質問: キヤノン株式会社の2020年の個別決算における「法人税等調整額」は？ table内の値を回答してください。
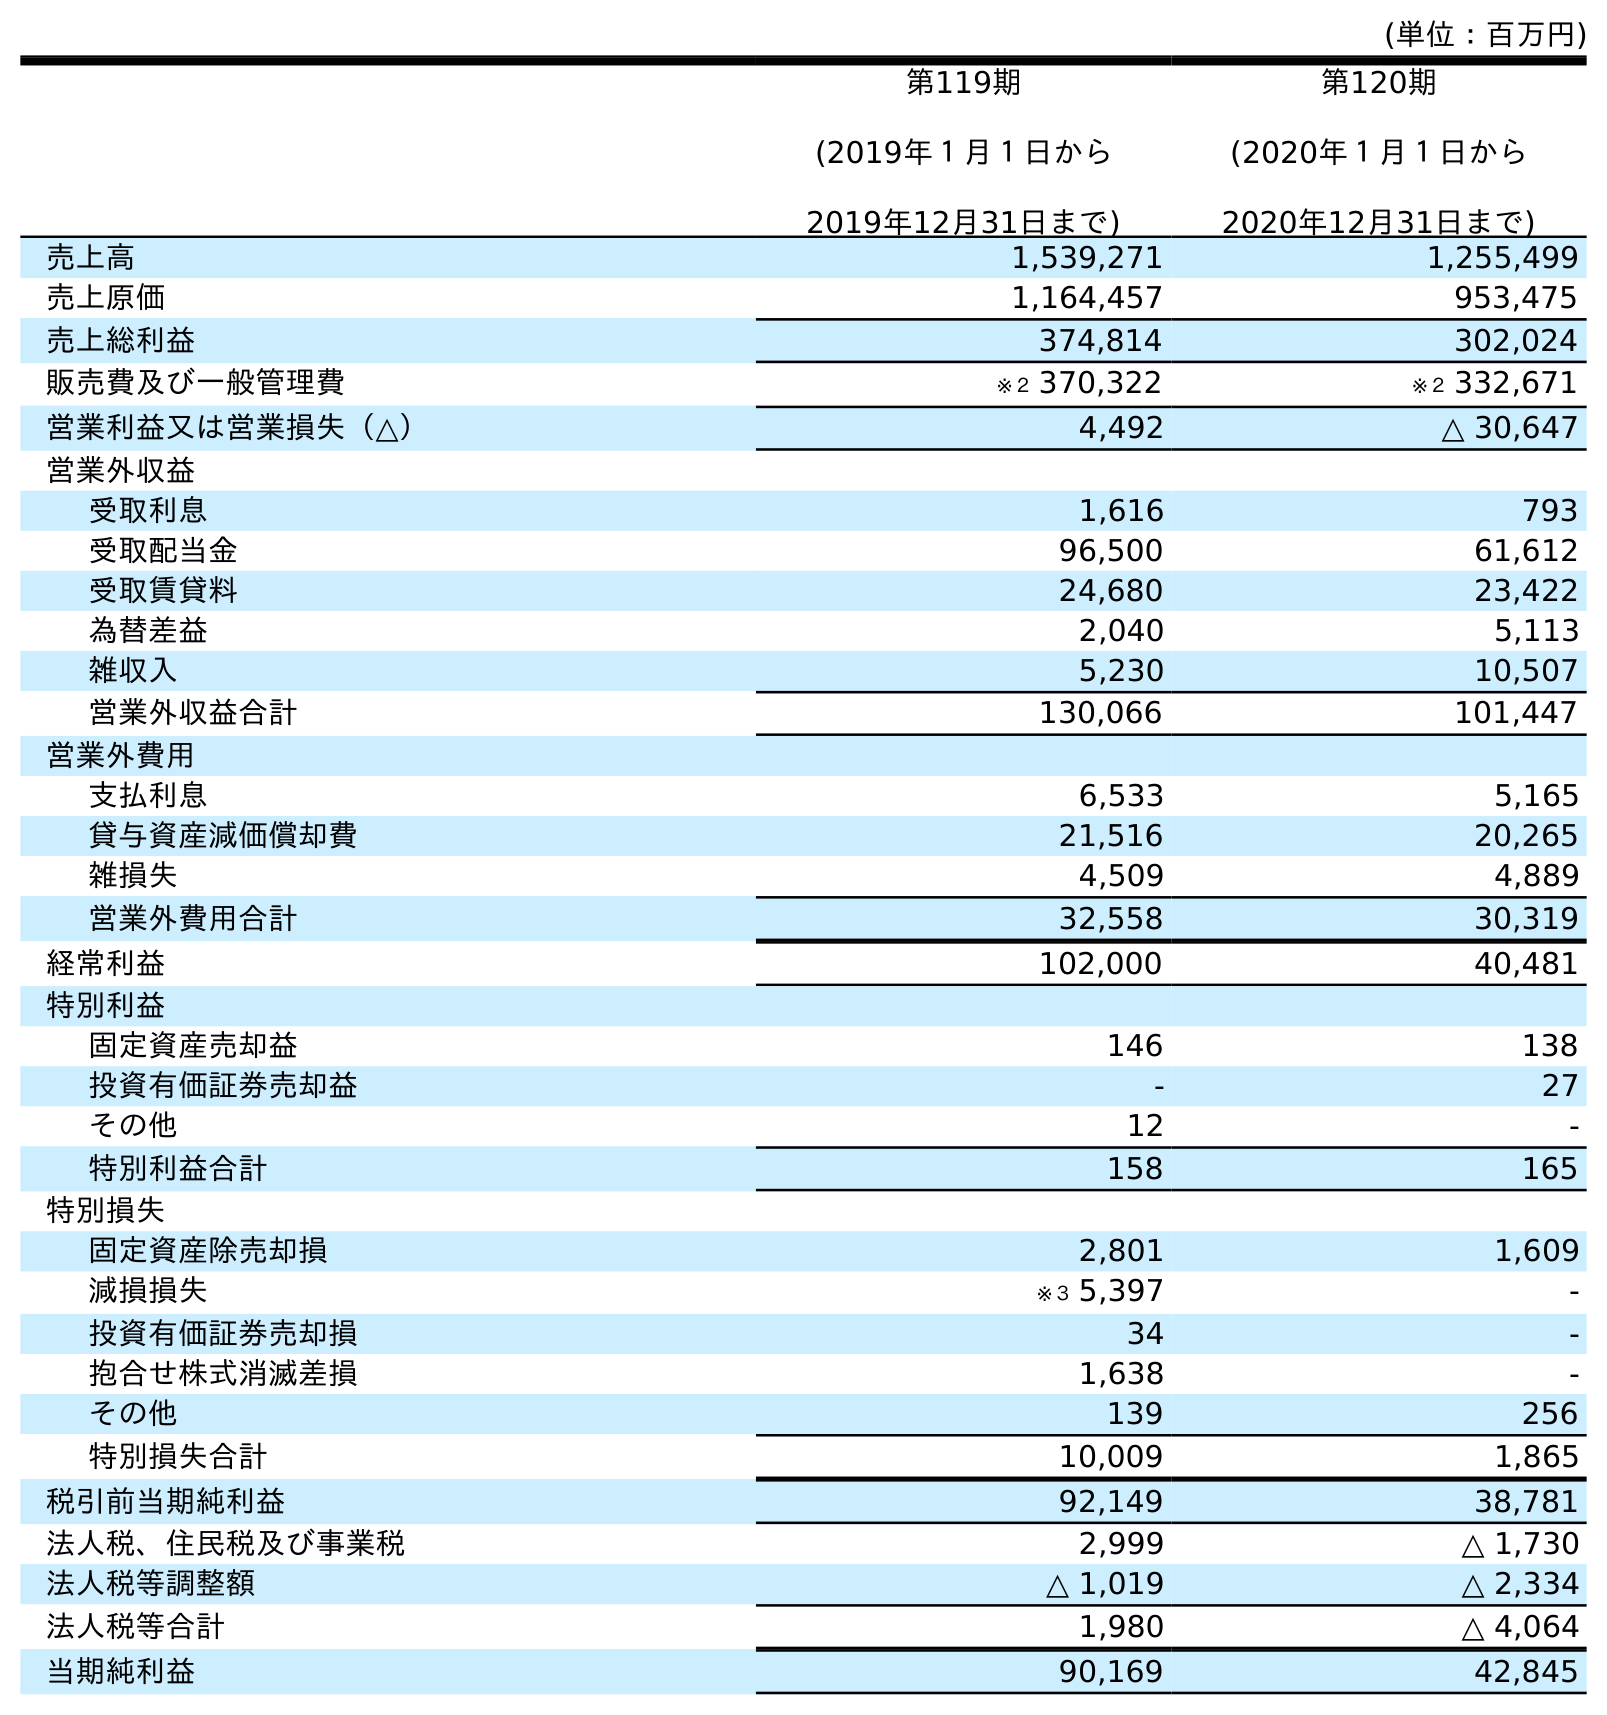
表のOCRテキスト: (単位：百万円) 第119期 (2019年１月１日から 2019年12月31日まで) 第120期 (2020年１月１日から 2020年12月31日まで) 売上高 1,539,271 1,255,499 売上原価 1,164,457 953,475 売上総利益 374,814 302,024 販売費及び一般管理費 ※２ 370,322 ※２ 332,671 営業利益又は営業損失（△） 4,492 △ 30,647 営業外収益 受取利息 1,616 793 受取配当金 96,500 61,612 受取賃貸料 24,680 23,422 為替差益 2,040 5,113 雑収入 5,230 10,507 営業外収益合計 130,066 101,447 営業外費用 支払利息 6,533 5,165 貸与資産減価償却費 21,516 20,265 雑損失 4,509 4,889 営業外費用合計 32,558 30,319 経常利益 102,000 40,481 特別利益 固定資産売却益 146 138 投資有価証券売却益 - 27 その他 12 - 特別利益合計 158 165 特別損失 固定資産除売却損 2,801 1,609 減損損失 ※３ 5,397 - 投資有価証券売却損 34 - 抱合せ株式消滅差損 1,638 - その他 139 256 特別損失合計 10,009 1,865 税引前当期純利益 92,149 38,781 法人税、住民税及び事業税 2,999 △ 1,730 法人税等調整額 △ 1,019 △ 2,334 法人税等合計 1,980 △ 4,064 当期純利益 90,169 42,845
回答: △2,334